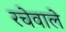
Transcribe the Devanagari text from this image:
रचेवाले